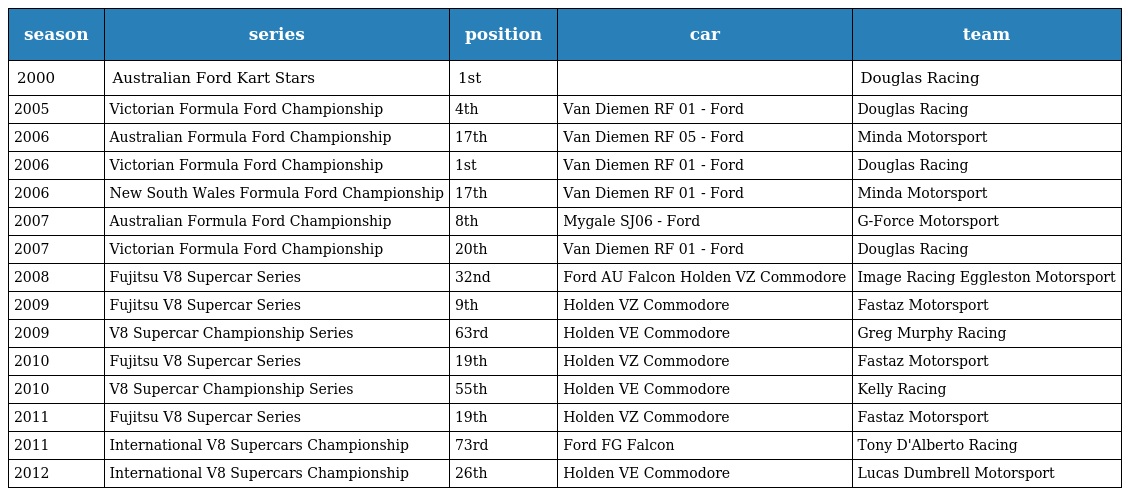
| season | series | position | car | team |
 | --- | --- | --- | --- | --- |
 | 2000 | Australian Ford Kart Stars | 1st |  | Douglas Racing |
 | 2005 | Victorian Formula Ford Championship | 4th | Van Diemen RF 01 - Ford | Douglas Racing |
 | 2006 | Australian Formula Ford Championship | 17th | Van Diemen RF 05 - Ford | Minda Motorsport |
 | 2006 | Victorian Formula Ford Championship | 1st | Van Diemen RF 01 - Ford | Douglas Racing |
 | 2006 | New South Wales Formula Ford Championship | 17th | Van Diemen RF 01 - Ford | Minda Motorsport |
 | 2007 | Australian Formula Ford Championship | 8th | Mygale SJ06 - Ford | G-Force Motorsport |
 | 2007 | Victorian Formula Ford Championship | 20th | Van Diemen RF 01 - Ford | Douglas Racing |
 | 2008 | Fujitsu V8 Supercar Series | 32nd | Ford AU Falcon Holden VZ Commodore | Image Racing Eggleston Motorsport |
 | 2009 | Fujitsu V8 Supercar Series | 9th | Holden VZ Commodore | Fastaz Motorsport |
 | 2009 | V8 Supercar Championship Series | 63rd | Holden VE Commodore | Greg Murphy Racing |
 | 2010 | Fujitsu V8 Supercar Series | 19th | Holden VZ Commodore | Fastaz Motorsport |
 | 2010 | V8 Supercar Championship Series | 55th | Holden VE Commodore | Kelly Racing |
 | 2011 | Fujitsu V8 Supercar Series | 19th | Holden VZ Commodore | Fastaz Motorsport |
 | 2011 | International V8 Supercars Championship | 73rd | Ford FG Falcon | Tony D'Alberto Racing |
 | 2012 | International V8 Supercars Championship | 26th | Holden VE Commodore | Lucas Dumbrell Motorsport |